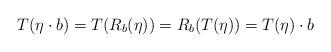
LaTeX: \begin{align*}T( \eta \cdot b) = T(R_b(\eta)) = R_b(T(\eta)) = T(\eta) \cdot b\end{align*}